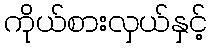
ကိုယ်စားလှယ်နှင့်